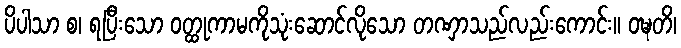
ပိပါသာ စ၊ ရပြီးသော ဝတ္ထုကာမကိုသုံးဆောင်လိုသော တဏှာသည်လည်းကောင်း။ ဝဍ္ဎတိ၊